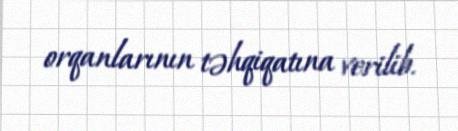
orqanlarının təhqiqatına verilib.